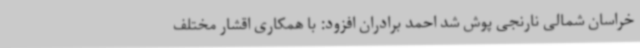
خراسان شمالی نارنجی پوش شد احمد برادران افزود: با همکاری اقشار مختلف